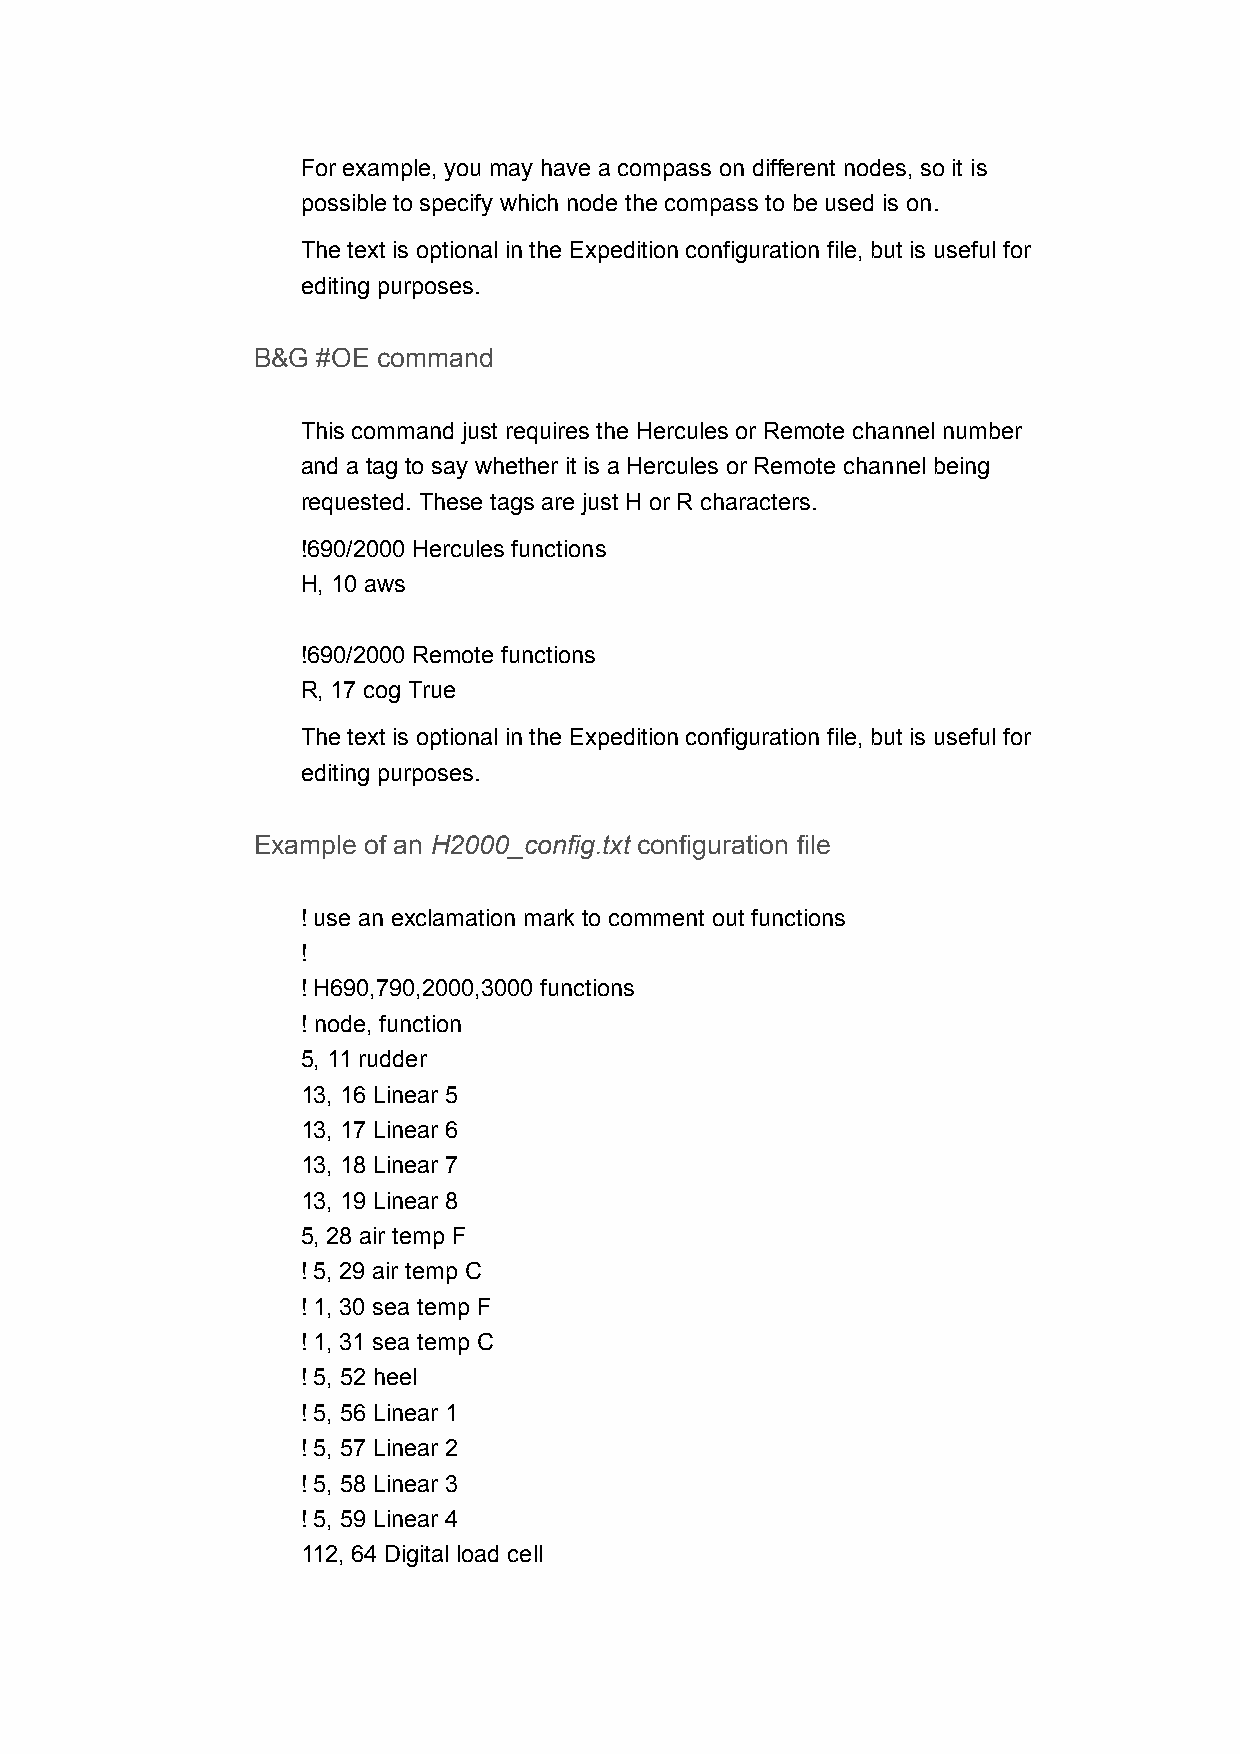
For example, you may have a compass on different nodes, so it is
 possible to specify which node the compass to be used is on.
 The text is optional in the Expedition configuration file, but is useful for
 editing purposes.
 B&G #OE command
 This command just requires the Hercules or Remote channel number
 and a tag to say whether it is a Hercules or Remote channel being
 requested. These tags are just H or R characters.
 !690/2000 Hercules functions
 H, 10 aws
 !690/2000 Remote functions
 R, 17 cog True
 The text is optional in the Expedition configuration file, but is useful for
 editing purposes.
 Example of an H2000_config.txt configuration file
 ! use an exclamation mark to comment out functions
 !
 ! H690,790,2000,3000 functions
 ! node, function
 5, 11 rudder
 13, 16 Linear 5
 13, 17 Linear 6
 13, 18 Linear 7
 13, 19 Linear 8
 5, 28 air temp F
 ! 5, 29 air temp C
 ! 1, 30 sea temp F
 ! 1, 31 sea temp C
 ! 5, 52 heel
 ! 5, 56 Linear 1
 ! 5, 57 Linear 2
 ! 5, 58 Linear 3
 ! 5, 59 Linear 4
 112, 64 Digital load cell